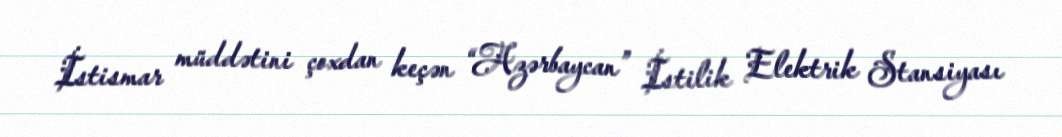
İstismar müddətini çoxdan keçən “Azərbaycan” İstilik Elektrik Stansiyası